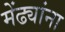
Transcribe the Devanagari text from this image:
मेंढ्यांना